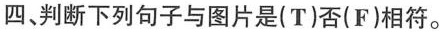
四、判断下列句子与图片是(T)否(F)相符。